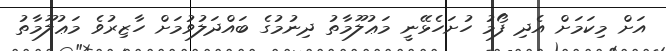
އަށް މިކަމަށް އެދި ފޯމު ހުށަހެޅޭނީ މަޢުލޫމާތު ދިނުމުގެ ބައްދަލުވުމަށް ހާޒިރުވެ މަޢުލޫމާތު